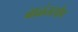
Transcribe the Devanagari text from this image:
बाळंतसोप